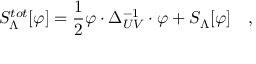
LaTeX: S _ { \Lambda } ^ { t o t } [ \varphi ] = { \frac { 1 } { 2 } } \varphi \cdot { \Delta _ { U V } ^ { - 1 } } \cdot \varphi + S _ { \Lambda } [ \varphi ] \quad ,